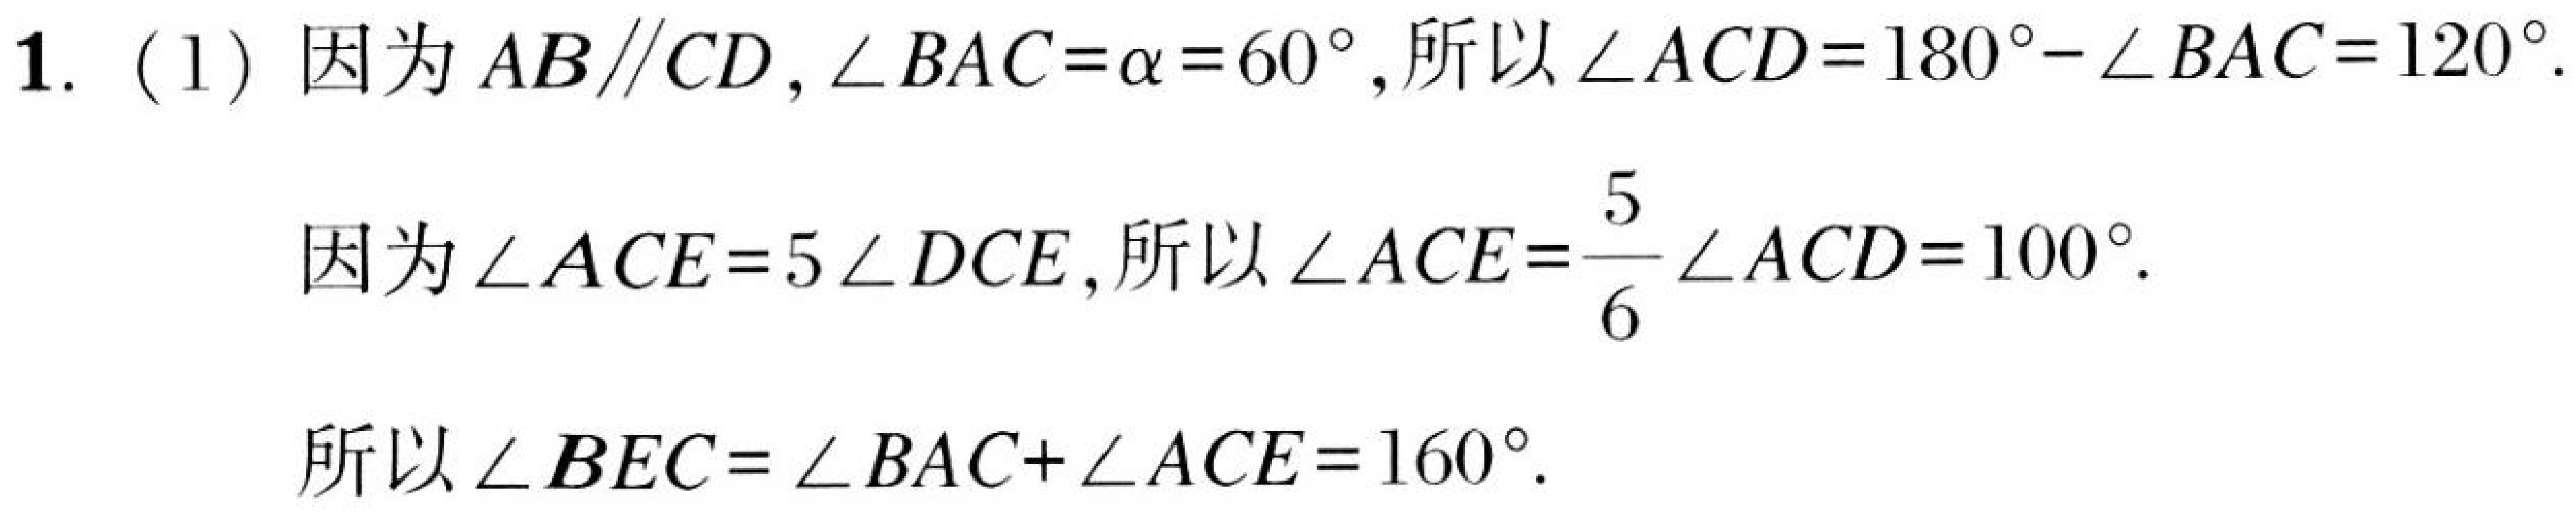
1. (1) 因为\(AB\parallel CD\),\(\angle BAC=\alpha = 60^{\circ}\),所以\(\angle ACD = 180^{\circ}-\angle BAC = 120^{\circ}\).
因为\(\angle ACE = 5\angle DCE\),所以\(\angle ACE=\dfrac{5}{6}\angle ACD = 100^{\circ}\).
所以\(\angle BEC=\angle BAC+\angle ACE = 160^{\circ}\).